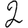
Digit: 2